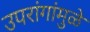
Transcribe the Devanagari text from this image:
उपरांगांमुळे